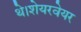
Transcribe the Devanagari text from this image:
थे।शेयरवेयर